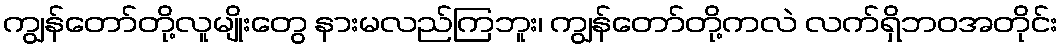
ကျွန်တော်တို့လူမျိုးတွေ နားမလည်ကြဘူး၊ ကျွန်တော်တို့ကလဲ လက်ရှိဘဝအတိုင်း